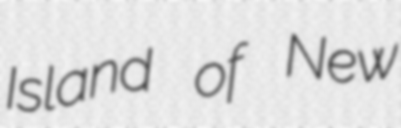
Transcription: Island of New